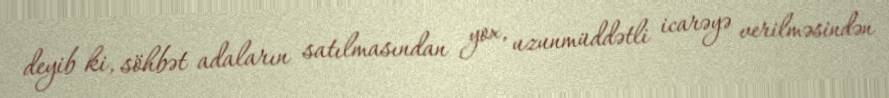
deyib ki, söhbət adaların satılmasından yox, uzunmüddətli icarəyə verilməsindən